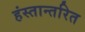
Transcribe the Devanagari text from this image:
हंस्तान्तरित